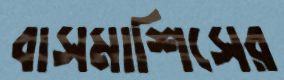
বাসমাশিসের